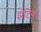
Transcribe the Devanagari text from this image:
झटिका